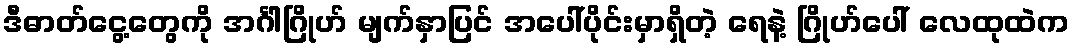
ဒီဓာတ်ငွေ့တွေကို အင်္ဂါဂြိုဟ် မျက်နှာပြင် အပေါ်ပိုင်းမှာရှိတဲ့ ရေနဲ့ ဂြိုဟ်ပေါ် လေထုထဲက